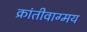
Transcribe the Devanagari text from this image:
क्रांतीवाग्मय